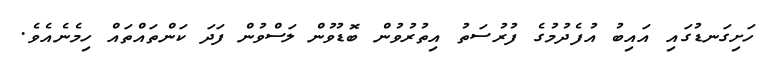
ހަށިގަނޑުގައި އައިބު އުފެދުމުގެ ފުރުސަތު އިތުރުވުން ބޮޑުވުން ލަސްވުން ފަދަ ކަންތައްތައް ހިމެނެއެވެ.